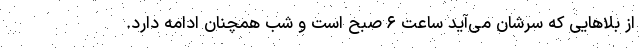
از بلاهایی که سرشان می‌آید ساعت ۶ صبح است و شب همچنان ادامه دارد.